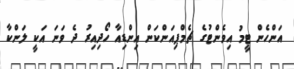
އަންހެން ޓީމު އިވެންޓުގެ ޗެމްޕިއަންކަން އިންޑިއާ ހޯދިއިރު ދެ ވަނަ އަކީ ލަންކާ